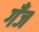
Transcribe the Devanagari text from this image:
गँज